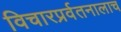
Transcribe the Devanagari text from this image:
विचारप्रर्वतनालाच